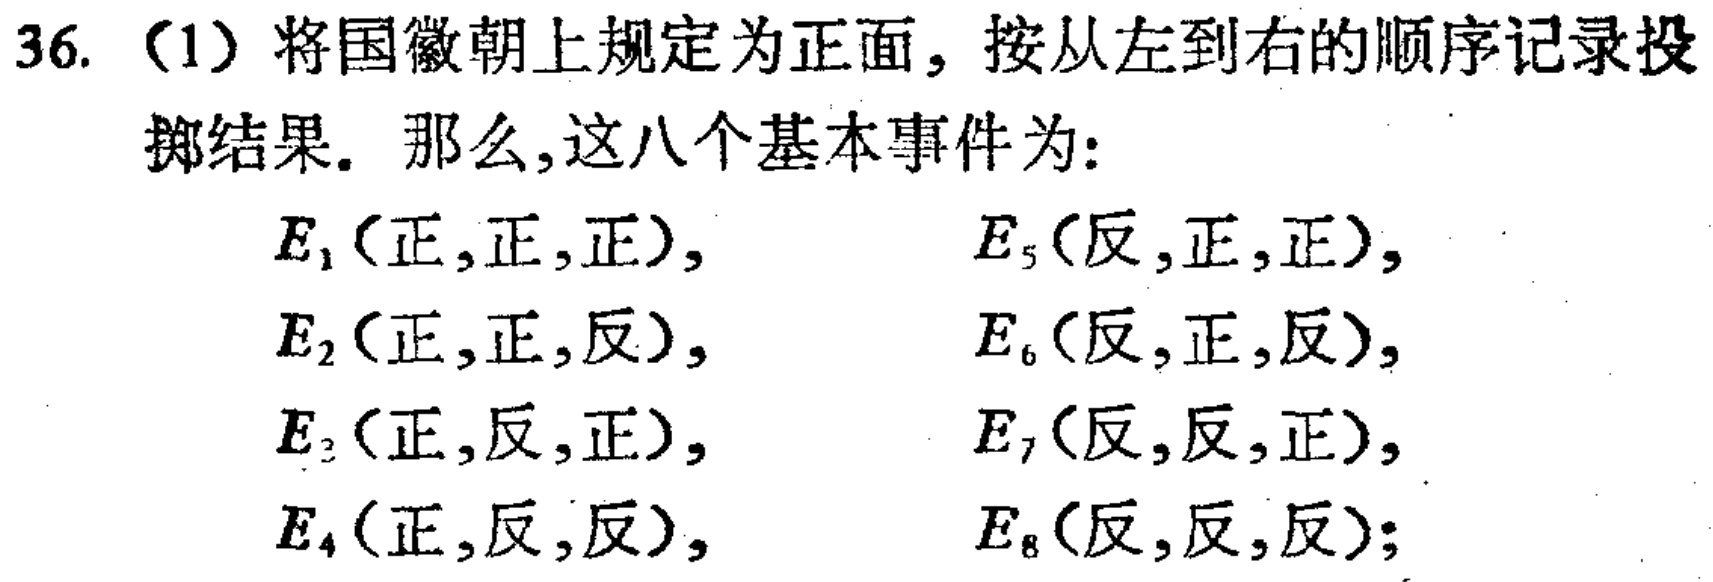
36. （1）将国徽朝上规定为正面，按从左到右的顺序记录投掷结果。那么，这八个基本事件为：

\(E_1(\text{正},\text{正},\text{正})\)，\(E_5(\text{反},\text{正},\text{正})\)，

\(E_2(\text{正},\text{正},\text{反})\)，\(E_6(\text{反},\text{正},\text{反})\)，

\(E_3(\text{正},\text{反},\text{正})\)，\(E_7(\text{反},\text{反},\text{正})\)，

\(E_4(\text{正},\text{反},\text{反})\)，\(E_8(\text{反},\text{反},\text{反})\)；